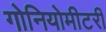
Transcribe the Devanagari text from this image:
गोनियोमीटरी